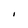
Character: I